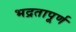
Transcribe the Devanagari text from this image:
भद्रतापूर्ण